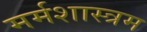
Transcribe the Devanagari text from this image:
मर्मशास्त्रम